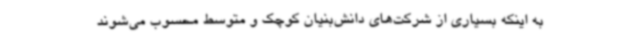
به اینکه بسیاری از شرکت‌های دانش‌بنیان کوچک و متوسط محسوب می‌شوند